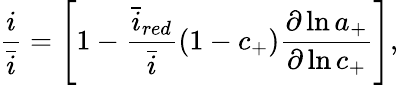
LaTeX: \frac{i}{\bar{i}}=\left[1-\frac{\bar{i}_{red}}{\bar{i}}\left(1-c_{+}\right)\frac{\partial\ln{a_{+}}}{\partial\ln{c_{+}}}\right],